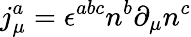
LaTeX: j_{\mu}^{a}=\epsilon^{abc}n^{b}\partial_{\mu}n^{c}